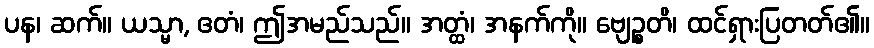
ပန၊ ဆက်။ ယသ္မာ, ဧတံ၊ ဤအမည်သည်။ အတ္ထံ၊ အနက်ကို။ ဗျေဉ္စတိ၊ ထင်ရှားပြတတ်၏။